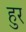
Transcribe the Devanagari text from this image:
हुर